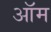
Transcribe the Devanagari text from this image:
ऑम